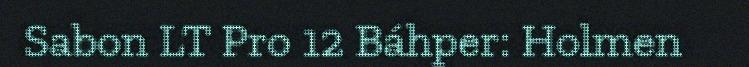
Sabon LT Pro 12 Báhper: Holmen